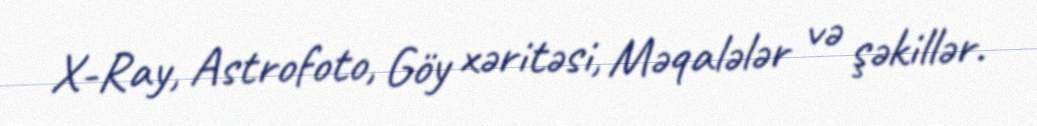
X-Ray, Astrofoto, Göy xəritəsi, Məqalələr və şəkillər.